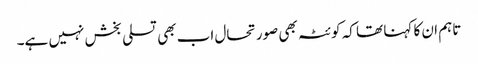
تاہم ان کا کہنا تھا کہ کوئٹہ بھی صورتحال اب بھی تسلی بخش نہیں ہے۔